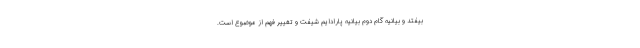
بیفتد و بیانیه گام دوم بیانیه پارادایم شیفت و تغییر فهم از موضوع است.